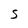
Character: S